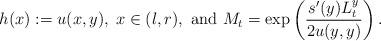
LaTeX: \begin{align*}h(x):=u(x,y), \; x \in (l,r),\mbox{ and } M_t=\exp\left(\frac{s'(y)L^y_t}{2u(y,y)}\right).\end{align*}